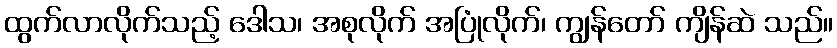
ထွက်လာလိုက်သည့် ဒေါသ၊ အစုလိုက် အပြုံလိုက်၊ ကျွန်တော် ကျိန်ဆဲ သည်။